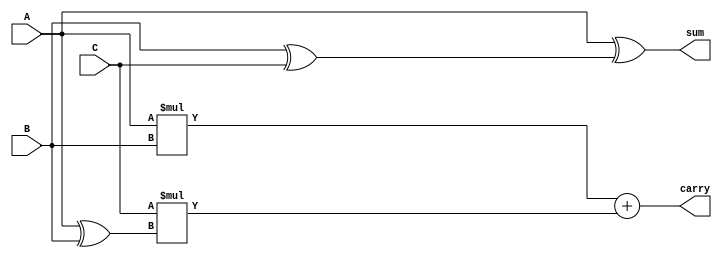
`timescale 1ns / 1ps
//////////////////////////////////////////////////////////////////////////////////
// Company: 
// Engineer: 
// 
// Design Name: 
// Module Name: full_adder
// Project Name: 
// Target Devices: 
// Tool Versions: 
// Description: 
// 
// Dependencies: 
// 
// Revision:
// Revision 0.01 - File Created
// Additional Comments:
// 
//////////////////////////////////////////////////////////////////////////////////


module full_adder(
input A, B, C,
output reg sum,carry
    );
    always @(*)
    begin 
    sum = A ^(B ^C);
    carry =(A*B) + C*(A ^ B);
    end 
    endmodule